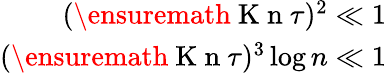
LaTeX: \begin{array}{r}{(\ensuremath{\mathrm{~K~n~}}\tau)^{2}\ll 1}\\ {(\ensuremath{\mathrm{~K~n~}}\tau)^{3}\log n\ll 1}\end{array}